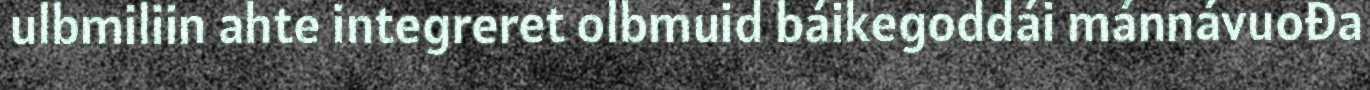
ulbmiliin ahte integreret olbmuid báikegoddái mánnávuođa